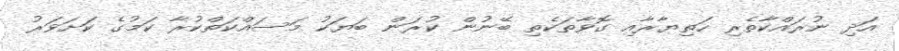
އަދި ނުރައްކާތެރި ހަތިޔާރާއި ގޮވާތަކެތި ބޭނުން ކުރަން ބަޔަކު މަސައްކަތްކުރާ ކަމުގެ ކަށަވަރު